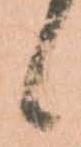
候